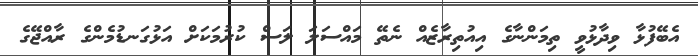
އެބޭފުޅާ ވިދާޅުވީ ތިމަންނާގެ އިއުތިރާޒެއް ނެތޭ މައްސަލަ ލަސް ކުރުމަކަށް އަޅުގަނޑުމެންގެ ރާއްޖޭގެ